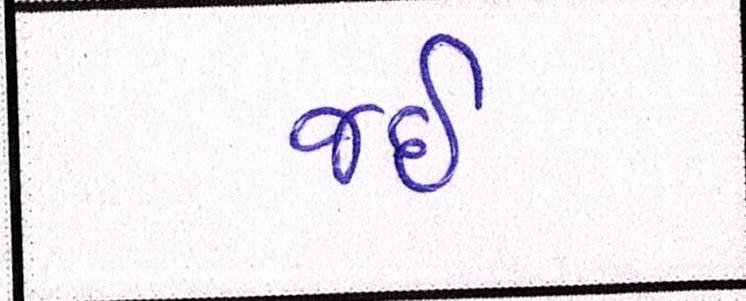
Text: જઈ